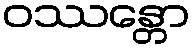
ဝဿန္တော